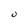
Character: u